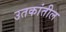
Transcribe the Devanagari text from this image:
उतकांतील